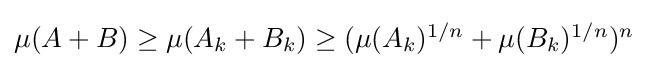
{\textstyle \mu (A+B)\geq \mu (A_{k}+B_{k})\geq (\mu (A_{k})^{1/n}+\mu (B_{k})^{1/n})^{n}}